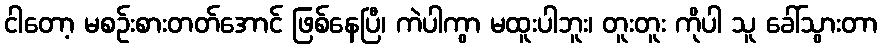
ငါတော့ မစဉ်းစားတတ်အောင် ဖြစ်နေပြီ၊ ကဲပါကွာ မထူးပါဘူး၊ တူးတူး ကိုပါ သူ ခေါ်သွားတာ